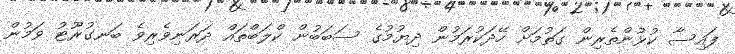
ފައިސާ ކުޅުންތެރިން ގަތުމަށް ހޭދަކުރަމުން ދިޔުމުގެ ސަބަބުން ކްލަބްތައް ދަރަނިވެރިވެ ބަނގުރޫޓު ވަމުން